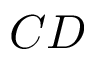
C D